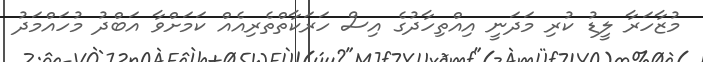
މުޒާހަރާ ލީޑު ކުރި މަދަނީ އިއްތިހާދުގެ އިސް ހަރަކާތްތެރިއެއް ކަމަށްވާ އަބްދު މުހައްމަދު